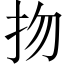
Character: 𢪱